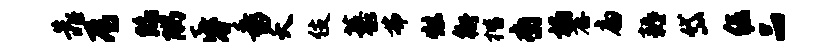
靠焉陷隅昏番夭伎藜弗炫衙楷裔榻存扁耨岱倔品